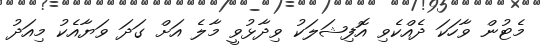
މެޓުން ވާހަކަ ދެއްކެވި އޮފިޝަލަކު ވިދާޅުވީ މާލެ އަށް ގަދަ ވަޔާއެކު މިއަދު